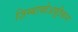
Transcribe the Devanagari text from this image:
ज़िम्बाब्वेअफ़्रीकन